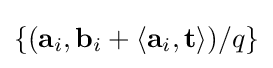
\{(\mathbf {a} _{i},\mathbf {b} _{i}+\langle \mathbf {a} _{i},\mathbf {t} \rangle )/q\}